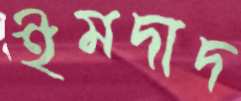
ইমদাদ